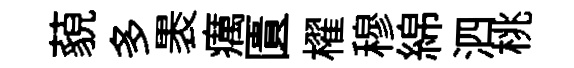
藐多褁癘匱櫂穆綿泗桃